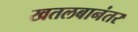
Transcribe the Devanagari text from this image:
खतलबानंतर